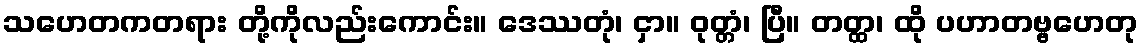
သဟေတကတရား တို့ကိုလည်းကောင်း။ ဒေဿတုံ၊ ငှာ။ ဝုတ္တံ၊ ပြီ။ တတ္ထ၊ ထို ပဟာတဗ္ဗဟေတု